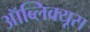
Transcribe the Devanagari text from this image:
ऑब्लिक्यूस